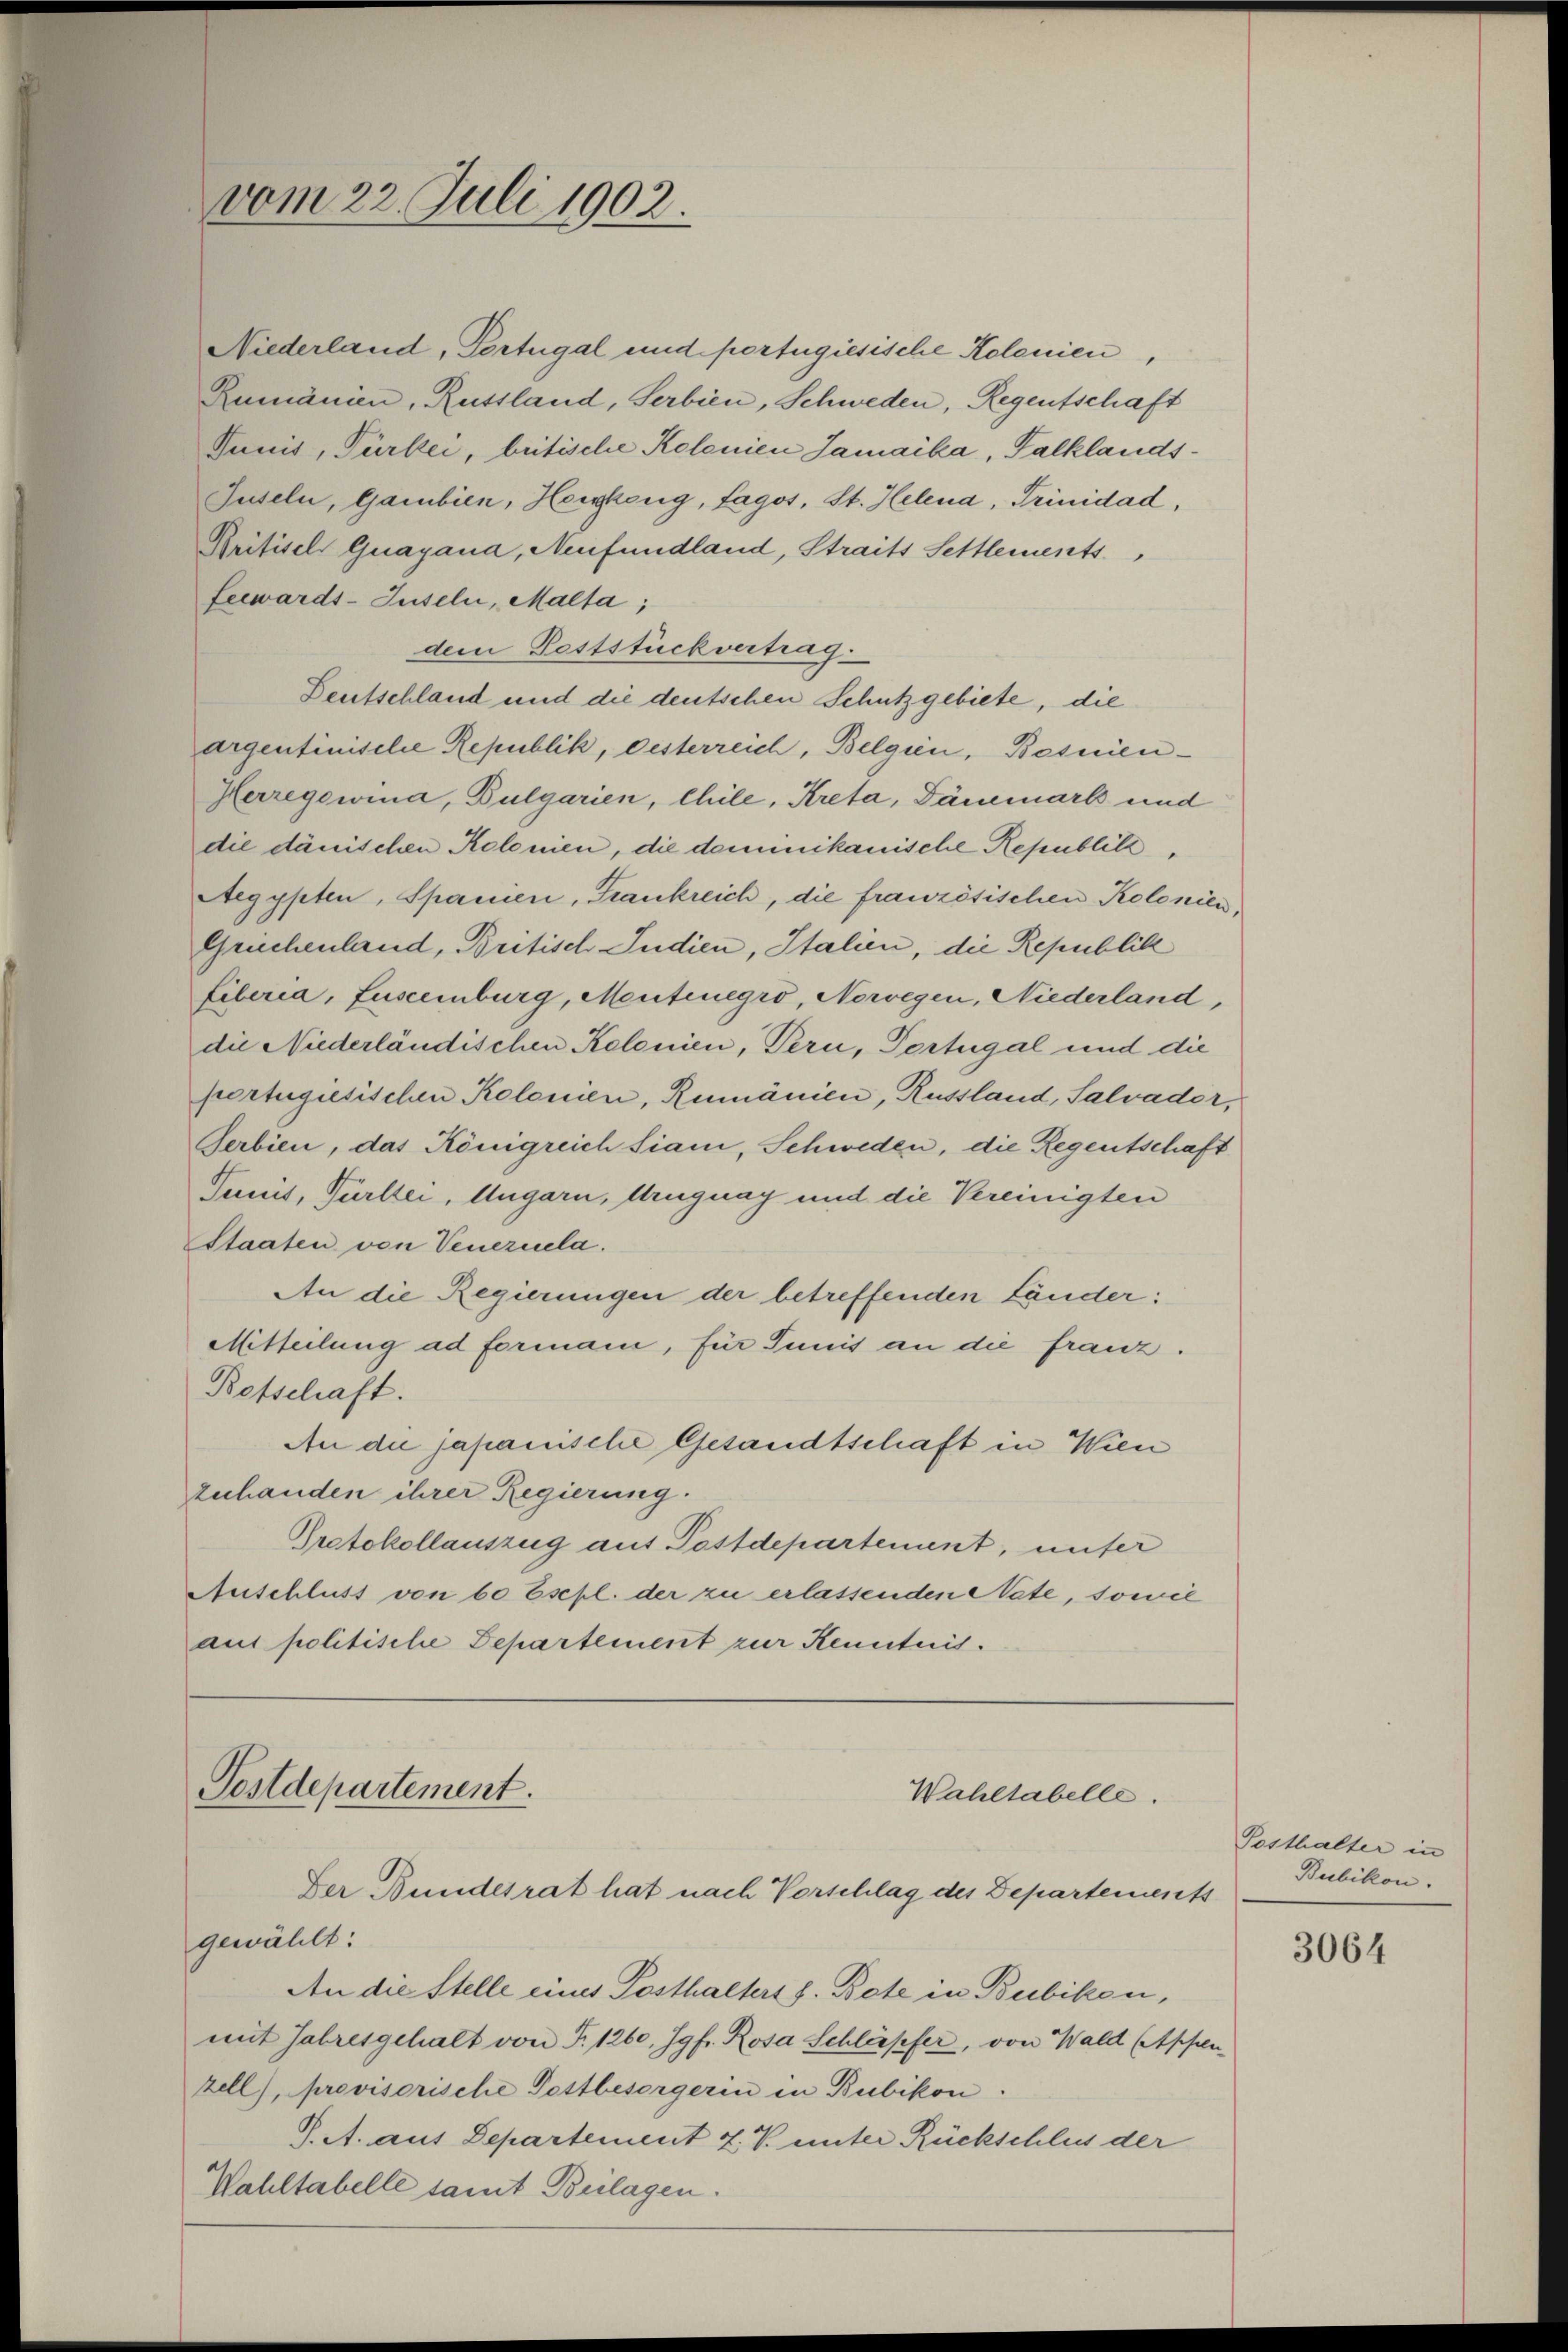
Niederland, Portugal und portugiesische Kolonien,
Rumänien, Russland, Serbien, Schweden, Regentschaft
Junis, Türkei, betische Kolonien Jamaika, Falklands¬
Juseln, Gambien, Herzeug, Lagos, St. Helena, Trinidad,
Kritisch Guagana, Neufundland, Straits Sehtlements
Lecwards-Juseln, Malta;
dem Poststück vertrag.
Deutschland und die deutschen Schutzgebiete, die
argentinische Republik, Oesterreich, Belgien, Bosnien¬
Herregowina, Bulgarien, Chile, Kreta, Dänemark und
die dänischen Kolonien, die dominikanische Republik,
Aegypten, Spanien, Frankreich, die französischen Kolonien
Grüchenland, Britisch Judien, Italien, die Republik
Liberia, Luscernburg, Mentenegro, Norwegen, Niederland,
die Niederländischen Kolonien, Pern, Portugal und die
portugisischen Kolonien, Rumänien, Russland, Salvader,
Serbien, das Königreich Siam, Schweden, die Regentschaft
Junis, Pürler, Ungarn, Uruguay und die Vereinigten
Staaten von Venezuela.
An die Regierungen der betreffenden Länder:
Mitteilung ad formani, für Junis an die franz.
Betschaft.
An die japanische Gesandtschaft in Wien
zuhanden ihrer Regierung.
Protokollauszug aus Postdepartement, unter
Auschluss von 60 Esepl. der zu erlassenden Nate, sowie
aus politische Departement zur Kenntnis.

vom 22. Juli 1902.

Postdepartement.
Wahltabelle.
Der Bundesrat hat nach Vorschlag des Departements

gewählt:
An die Stelle eines Posthalters f. Bete in Bubikon,
mit Jahresgehalt von F. 1260, Jgfr. Rosa Schläpfer, von Wald (Appen
zell), provisorische Pettbesorgerin in Bubikon.
J. A. aus Departement 7. V. unter Rückschlus der
Wahltabelle samt Beilagen.

Posthalter in
Bubikon.

3064